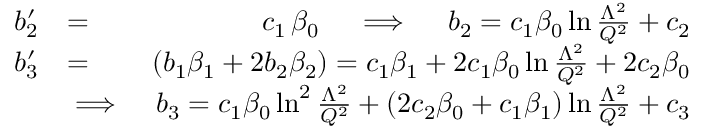
\begin{array} { r l r } { b _ { 2 } ^ { \prime } } & { = } & { c _ { 1 } \, \beta _ { 0 } \quad \implies \quad b _ { 2 } = c _ { 1 } \beta _ { 0 } \ln { \frac { \Lambda ^ { 2 } } { Q ^ { 2 } } } + c _ { 2 } } \\ { b _ { 3 } ^ { \prime } } & { = } & { ( b _ { 1 } \beta _ { 1 } + 2 b _ { 2 } \beta _ { 2 } ) = c _ { 1 } \beta _ { 1 } + 2 c _ { 1 } \beta _ { 0 } \ln { \frac { \Lambda ^ { 2 } } { Q ^ { 2 } } } + 2 c _ { 2 } \beta _ { 0 } } \\ & { \implies } & { b _ { 3 } = c _ { 1 } \beta _ { 0 } \ln ^ { 2 } { \frac { \Lambda ^ { 2 } } { Q ^ { 2 } } } + ( 2 c _ { 2 } \beta _ { 0 } + c _ { 1 } \beta _ { 1 } ) \ln { \frac { \Lambda ^ { 2 } } { Q ^ { 2 } } } + c _ { 3 } } \end{array}